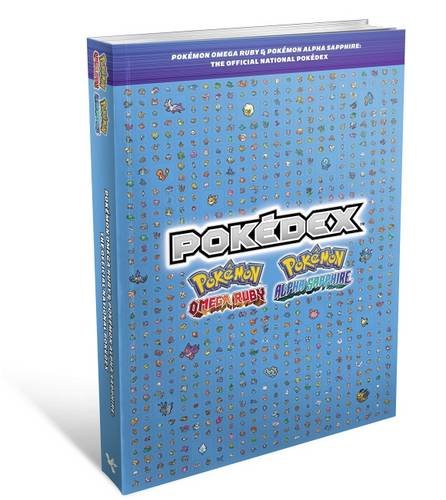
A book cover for Pokemon Omega Ruby & Pokemon Alpha Sapphire - The Official National Pokedex; Piggyback; Computers & Technology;